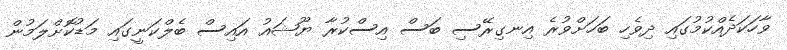
ވާހަކަދެއްކުމުގައި ދިވެހި ބަހަށްވުރެ އިނގިރޭސި ބަސް އިސްކުރާ ޔޫޝައު އައިސް ބެލްކަނީގައި މަޑުކޮށްލަމުން